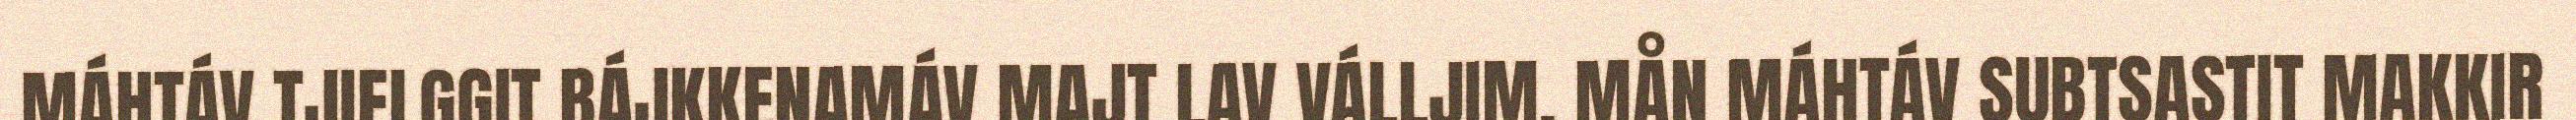
MÁHTÁV TJIELGGIT BÁJKKENAMÁV MAJT LAV VÁLLJIM. MÅN MÁHTÁV SUBTSASTIT MAKKIR